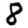
Digit: 8